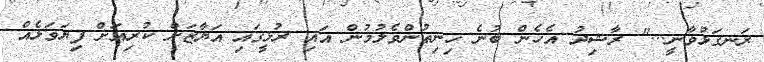
ރަނގަޅުވާނީ..." ރާޝިދު އެހެން ބުނެ ހިނިތުންވެލުމުން އައި ރުޅީގައި އަޔާޒަށް ކުރިއަށް ފިޔަވަޅެއް